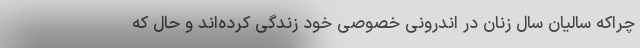
چراکه سالیان سال زنان در اندرونی خصوصی خود زندگی کرده‌اند و حال که